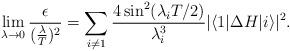
LaTeX: \begin{align*}\lim_{{\lambda}\rightarrow0}\frac{\epsilon}{(\frac{\lambda}{T})^2}=\sum_{i\neq 1}\frac{4\sin^2(\lambda_iT/2)}{\lambda_i^3}|\langle 1|\Delta H|i\rangle|^2.\end{align*}